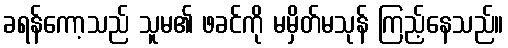
ခရန်ကော့သည် သူမ၏ ဖခင်ကို မမှိတ်မသုန် ကြည့်နေသည်။